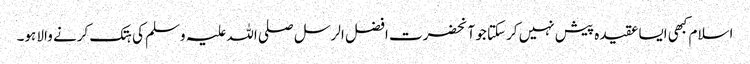
اسلام کبھی ایسا عقیدہ پیش نہیں کرسکتا جو آنحضرت افضل الرسل صلی اللہ علیہ وسلم کی ہتک کرنے والا ہو۔